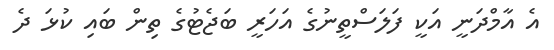
އެ އާމްދަނީ އަކީ ފަލަސްތީނުގެ އަހަރީ ބަޖެޓުގެ ތިން ބައި ކުޅަ ދެ